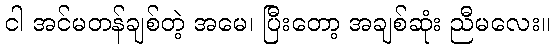
ငါ အင်မတန်ချစ်တဲ့ အမေ၊ ပြီးတော့ အချစ်ဆုံး ညီမလေး။